Report on the nature of kala-azar
Disease focus: Kala-Azar
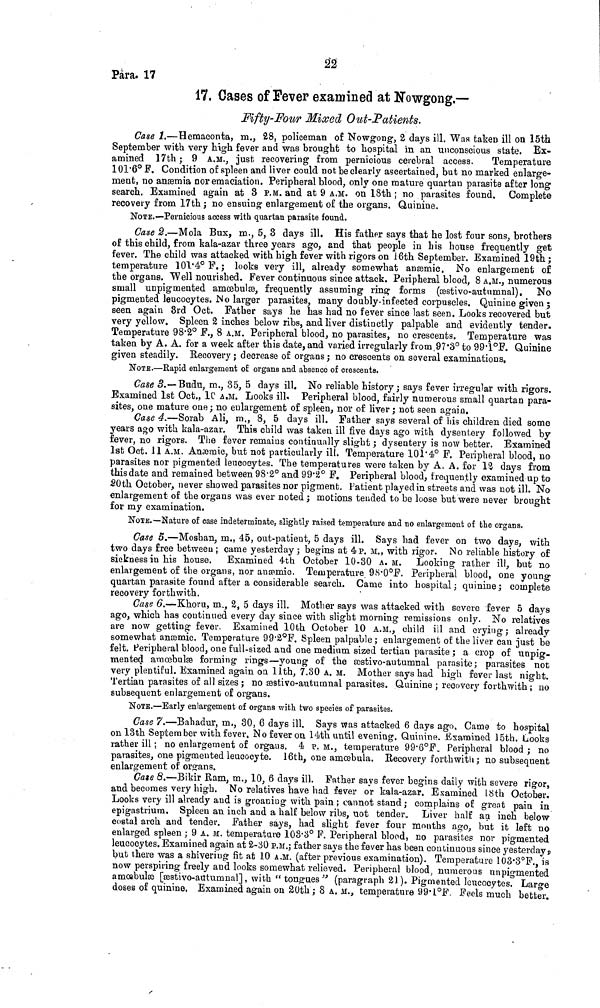
22
Para. 17
17, Cases of Fever examined at Nowgong.—
Fifty-Four Mixed Out-Patients.
Case 1.—Hemaconta, m., 28, policeman of Nowgong, 2 days ill. Was taken ill on 15th
September with very high fever and was brought to hospital in an unconscious state. Ex-
amined 17th ; 9 A.M., just recovering from pernicious cerebral access.
Temperature
101.6° F. Condition of spleen and liver could not be clearly ascertained, but no marked enlarge-
ment, no anæmia nor emaciation. Peripheral blood, only one mature quartan parasite after long
search. Examined again at 8 P.M. and at 9 A.M. on 18th ; no parasites found. Complete
recovery from 17th ; no ensuing enlargement of the organs. Quinine.
NOTE.—Pernicious access with quartan parasite found.
Case 2.—Mola Bux, m., 5, 3 days ill. His father says that he lost four sons, brothers
of this child, from kala-azar three years ago, and that people in his house frequently get
fever. The child was attacked with high fever with rigors on 16th September. Examined 19th ;
temperature 101.4° F. ; looks very ill, already somewhat anæmic. No enlargement of
the organs. Well nourished. Fever continuous since attack. Peripheral blood, 8 A.M., numerous
small unpigmented amœbulæ, frequently assuming ring forms (æstivo-autumnal), No
pigmented leucocytes. No larger parasites, many doubly-infected corpuscles. Quinine given ;
seen again 3rd Oct. Father says he has had no fever since last seen. Looks recovered but
very yellow. Spleen 2 inches below ribs, and liver distinctly palpable and evidently tender.
Temperature 98.2° F., 8 A.M. Peripheral blood, no parasites, no crescents. Temperature was
taken by A. A. for a week after this date, and varied irregularly from 97.3° to 99.1°F. Quinine
given steadily. Recovery; decrease of organs; no crescents on several examinations.
NOTE.—Rapid enlargement of organs and absence of crescents.
Case 3.—Budu, m., 35, 5 days ill. No reliable history ; says fever irregular with rigors.
Examined 1st Oct., 1C A.M. Looks ill. Peripheral blood, fairly numerous small quartan para-
sites, one mature one ; no enlargement of spleen, nor of liver ; not seen again.
Case 4.—Sorab Ali, m., 8, 5 days ill. Father says several of his children died some
years ago with kala-azar. This child was taken ill five days ago with dysentery followed by
fever, no rigors. The fever remains continually slight ', dysentery is now better. Examined
1st Oct. 11 A.M. Anaemic, but not particularly ill. Temperature 101.4° F. Peripheral blood, no
parasites nor pigmented leucocytes. The temperatures were taken by A, A. for 12 days from
this date and remained between 98.2° and 99.2° F. Peripheral blood, frequently examined up to
20th October, never showed parasites nor pigment. Patient played in streets and was not ill. No
enlargement of the organs was ever noted; motions tended to be loose but were never brought
for my examination,
NOTE.—Nature of case indeterminate, slightly raised temperature and no enlargement of the organs.
Case 5.—Moshan, m., 45, out-patient, 5 days ill. Says had fever on two days, with
two days free between ; came yesterday; begins at 4 p. M., with rigor. No reliable history of
sickness in his house. Examined 4th October 10-30 A.M. Looking rather ill, but no
enlargement of the organs, nor anæmic. Temperature 98.0°F. Peripheral blood, one young
quartan parasite found after a considerable search. Came into hospital ; quinine ; complete
recovery forthwith.
Case 6.—Khoru, m., 2, 5 days ill. Mother says was attacked with severe fever 5 days
ago, which has continued every day since with slight morning remissions only. No relatives
are now getting fever. Examined 10th October 10 A.M., child ill and crying ; already
somewhat anæmic. Temperature 99.2°F. Spleen palpable; enlargement of the liver can just be
felt, Peripheral blood, one full-sized and one medium sized tertian parasite ; a crop of unpig-
mented amœbulæ forming rings—young of the æstivo-autumnal parasite; parasites not
very plentiful. Examined again on 11th, 7.30 A. M. Mother says had high fever last night.
Tertian parasites of all sizes ; no æstivo-autumnal parasites. Quinine ; recovery forthwith ; no
subsequent enlargement of organs.
NOTE.—Early enlargement of organs with two species of parasites.
Case 7.—Bahadur, m., 30, 6 days ill. Says was attacked 6 days ago. Came to hospital
on 13th September with fever. No fever on 14th until evening. Quinine. Examined 15th. Looks
rather ill ; no enlargement of organs. 4 p. M., temperature 99.6°F. Peripheral blood ; no
parasites, one pigmented leucocyte. 16th, one amœbula. Recovery forthwith ; no subsequent
enlargement of organs.
Case 8.—Bikir Ram, m., 10, 6 days ill. Father says fever begins daily with severe rigor,
and becomes very high. No relatives have had fever or kala-azar. Examined 18th October.
Looks very ill already and is groaning with pain ; cannot stand ; complains of great pain in
epigastrium. Spleen an inch and a half below ribs, not tender, Liver half an inch below
costal arch and tender. Father says, had slight fever four months ago, but it left no
enlarged spleen ; 9 A. M. temperature 103.3° F. Peripheral blood, no parasites nor pigmented
leucocytes. Examined again at 2-30 P.M.; father says the fever has been continuous since yesterday,
but there was a shivering fit at 10 A.M. (after previous examination). Temperature 103.3°F. is
now perspiring freely and looks somewhat relieved. Peripheral blood, numerous unpigmented
amœbulæ [æstivo-autumnal], with "tongues" (paragraph 21). Pigmented leucocytes. Large
doses of quinine. Examined again on 20th; 8 A. M., temperature 99.1°F. Feels much better.